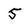
Character: 5